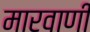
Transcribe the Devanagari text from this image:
मारवाणी